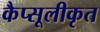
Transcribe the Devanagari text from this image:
कैप्सूलीकृत